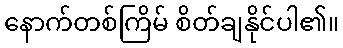
နောက်တစ်ကြိမ် စိတ်ချနိုင်ပါ၏။